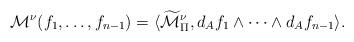
LaTeX: \begin{align*} \mathcal{M}^\nu(f_1,\ldots,f_{n-1})=\langle\widetilde{\mathcal{M}}_\Pi^\nu,d_{A}f_1\wedge\cdots\wedge d_{A}f_{n-1}\rangle.\end{align*}